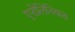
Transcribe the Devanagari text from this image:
एरोलिनियास